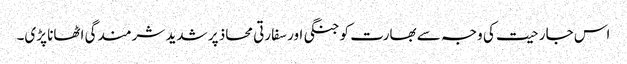
اس جارحیت کی وجہ سے بھارت کو جنگی اور سفارتی محاذ پر شدید شرمندگی اٹھانا پڑی۔